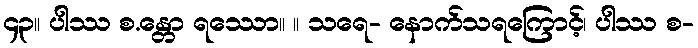
၄၃။ ပါဿ စ.န္တော ရဿော။ ။ သရေ- နောက်သရကြောင့်၊ ပါဿ စ-